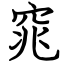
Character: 窕